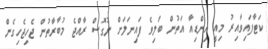
ކަޓާފައިވާއިރު މިއީ އިންޑިއާ އަތުން ބަލިވެ ފައިނަލަށް ނުގޮސް ރާއްޖެ މުބާރާތުން ޖެހިޖެހިގެން